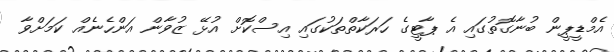
އެމްޑީޕީން ބުނާގޮތުގައި އެ ޕާޓީގެ ހަރަކާތްތަކުގައި އިސްކޮށް އުޅޭ ޒުވާން އަންހެނެއް ކަމަށްވާ